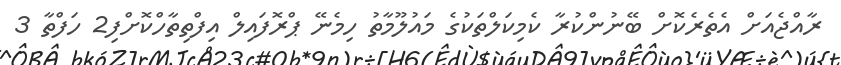
ރާއްޖެއަށް އެތެރެކޮށް ބޭނުންކުރާ ކެމިކަލްތަކުގެ މައުލޫމާތު ހިމެނޭ ޕްރޮފައިލް އިފްތިތާހްކޮށްފި2 ހަފްތާ 3